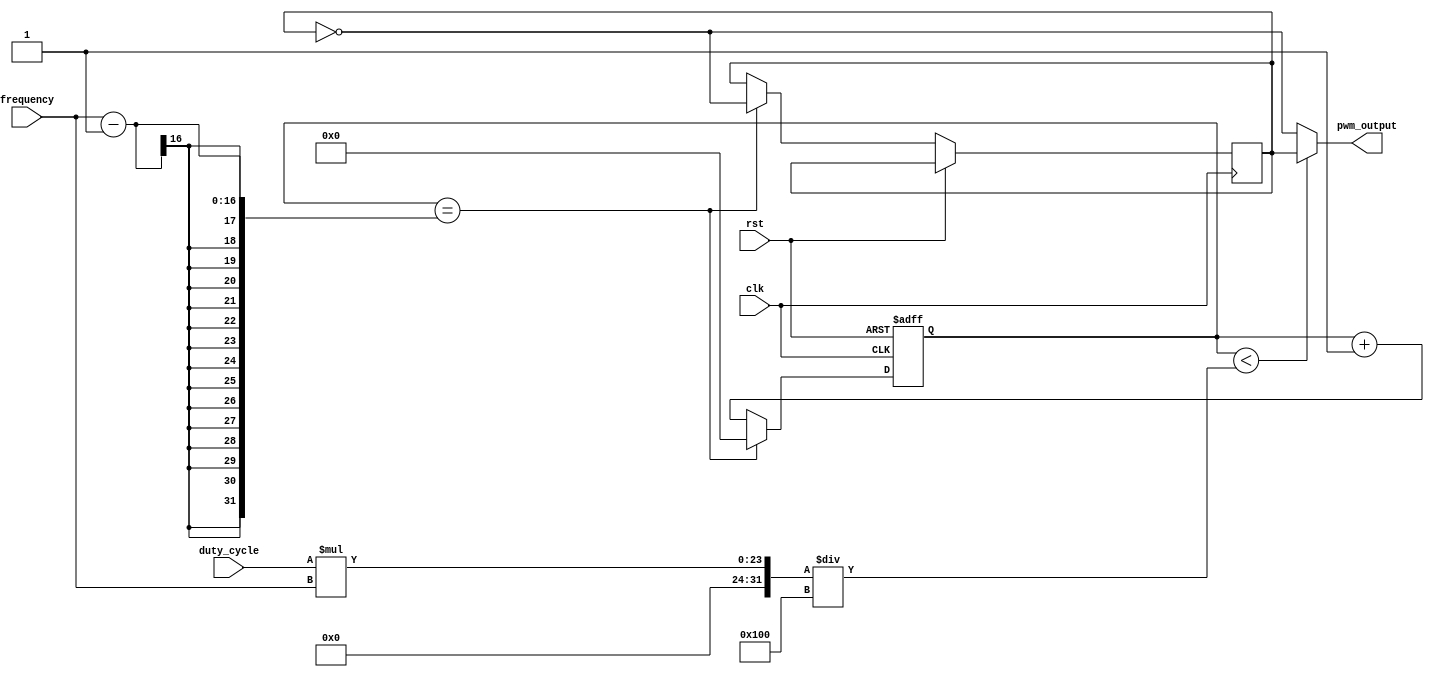
module PWM_generator (
    input wire clk,
    input wire rst,
    input wire [7:0] duty_cycle,
    input wire [15:0] frequency,
    output wire pwm_output
);

reg [15:0] counter;
reg pwm_signal;

always @ (posedge clk or posedge rst) begin
    if (rst) begin
        counter <= 16'b0;
    end else begin
        if (counter == frequency - 1) begin
            counter <= 16'b0;
            pwm_signal <= ~pwm_signal;
        end else begin
            counter <= counter + 1;
        end
    end
end

assign pwm_output = (counter < (duty_cycle * frequency / 256)) ? pwm_signal : ~pwm_signal;

endmodule